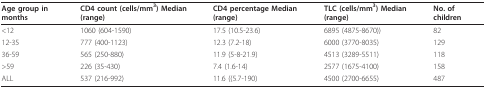
<table><thead><tr><td><b>Age group in months</b></td><td><b>CD4 count (cells/mm<sup>3</sup>) Median(range)</b></td><td><b>CD4 percentage Median(range)</b></td><td><b>TLC (cells/mm<sup>3</sup>) Median(range)</b></td><td><b>No. of children</b></td></tr></thead><tbody><tr><td>&lt;12</td><td>1060 (604-1590)</td><td>17.5 (10.5-23.6)</td><td>6895 (4875-8670))</td><td>82</td></tr><tr><td>12-35</td><td>777 (400-1123)</td><td>12.3 (7.2-18)</td><td>6000 (3770-8035)</td><td>129</td></tr><tr><td>36-59</td><td>565 (250-880)</td><td>11.9 (5-8-21.9)</td><td>4513 (3289-5511)</td><td>118</td></tr><tr><td>&gt;59</td><td>226 (35-430)</td><td>7.4 (1.6-14)</td><td>2577 (1675-4100)</td><td>158</td></tr><tr><td>ALL</td><td>537 (216-992)</td><td>11.6 ((5.7-190)</td><td>4500 (2700-6655)</td><td>487</td></tr></tbody></table>